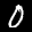
Label: 0